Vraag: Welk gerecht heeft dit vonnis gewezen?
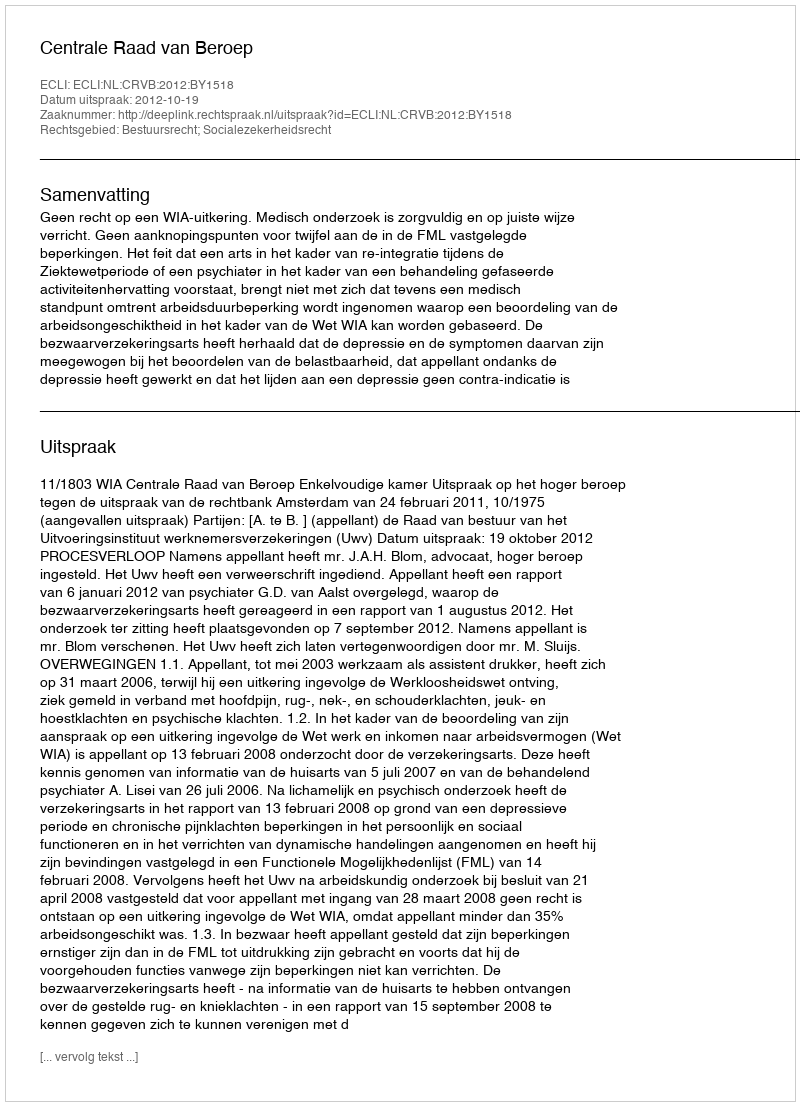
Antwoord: Centrale Raad van Beroep